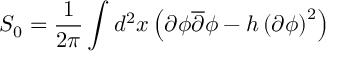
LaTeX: S _ { 0 } = \frac { 1 } { 2 \pi } \int d ^ { 2 } x \left( \partial \phi \overline { { { \partial } } } \phi - h \left( \partial \phi \right) ^ { 2 } \right)